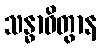
သန္ဓာဝိတွာန